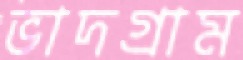
ভাদগ্রাম